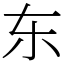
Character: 东